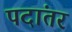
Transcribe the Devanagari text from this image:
पदांतर